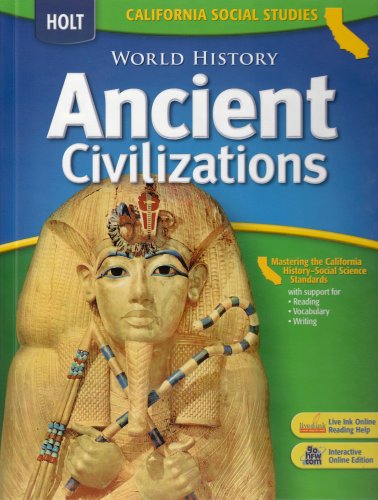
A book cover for Holt World History California: Student Edition Grades 6-8 Ancient Civilizations 2006; RINEHART AND WINSTON HOLT; Teen & Young Adult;